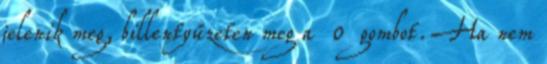
jelenik meg, billentyűzeten meg a 0 gombot. Ha nem